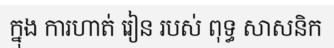
ក្នុង ការហាត់ រៀន របស់ ពុទ្ធ សាសនិក